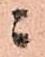
ニ